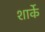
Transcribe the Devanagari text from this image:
शार्के